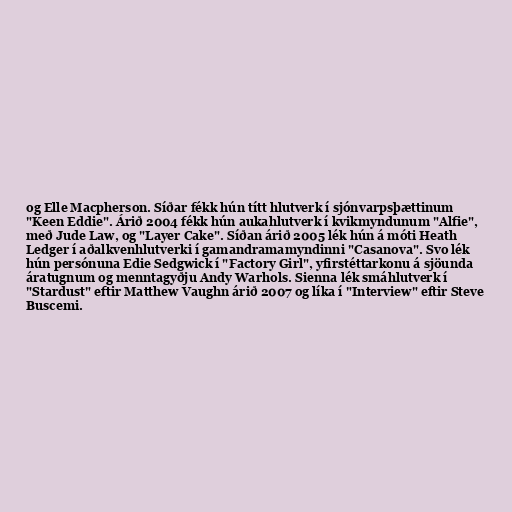
og Elle Macpherson. Síðar fékk hún títt hlutverk í sjónvarpsþættinum
"Keen Eddie". Árið 2004 fékk hún aukahlutverk í kvikmyndunum "Alfie",
með Jude Law, og "Layer Cake". Síðan árið 2005 lék hún á móti Heath
Ledger í aðalkvenhlutverki í gamandramamyndinni "Casanova". Svo lék
hún persónuna Edie Sedgwick í "Factory Girl", yfirstéttarkonu á sjöunda
áratugnum og menntagyðju Andy Warhols. Sienna lék smáhlutverk í
"Stardust" eftir Matthew Vaughn árið 2007 og líka í "Interview" eftir Steve
Buscemi.